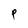
Character: P